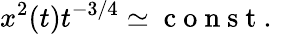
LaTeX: x^{2}(t)t^{-3/4}\simeq\mathrm{~c~o~n~s~t~.~}